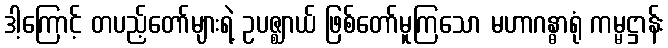
ဒါ့ကြောင့် တပည့်တော်များရဲ့ ဥပဇ္ဈာယ် ဖြစ်တော်မူကြသော မဟာဂန္ဓာရုံ ကမ္မဋ္ဌာန်း